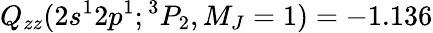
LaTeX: Q_{zz}(2s^{1}2p^{1};{^3P_{2},M_{J}=1})=-1.136